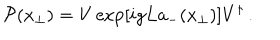
{ \cal P } ( { x } _ { \bot } ) = V \exp \left[ i g L a _ { - } ( x _ { \bot } ) \right] V ^ { \dagger } \, .